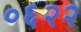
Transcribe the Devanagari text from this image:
०६२२